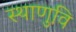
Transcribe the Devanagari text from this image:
स्थाणुवि